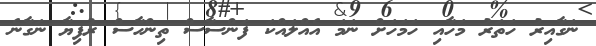
ނަގާއިރު ހަތަރު މަހާއި ހަމަހަށް ނަމަ އެއްލައްކަ ފަންސާސް ތިންހާސް ރުފިޔާ ނަގާނެ